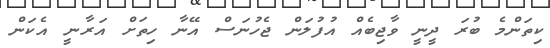
ކިތަންމެ ބުރަ ދީނީ ވާޖިބެއް އުފުލަން ޖެހުނަސް އޭނާ ހިތަށް އަރާނީ އެކަން